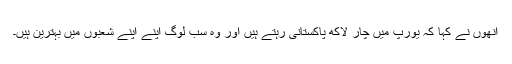
انھوں نے کہا کہ یورپ میں چار لاکھ پاکستانی رہتے ہیں اور وہ سب لوگ اپنے اپنے شعبوں میں بہترین ہیں۔